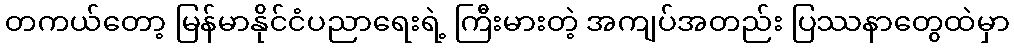
တကယ်တော့ မြန်မာနိုင်ငံပညာရေးရဲ့ ကြီးမားတဲ့ အကျပ်အတည်း ပြဿနာတွေထဲမှာ